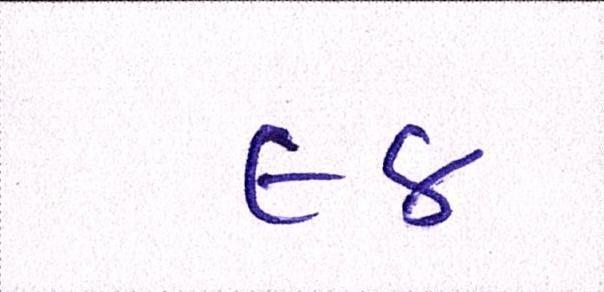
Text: ૯૪